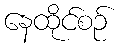
နေထိုင်စဉ်